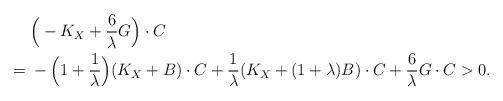
LaTeX: \begin{align*}{}&\Big(-K_X+\frac{6}{\lambda}G\Big)\cdot C\\={}& -\Big(1+\frac{1}{\lambda}\Big)(K_X+B)\cdot C+\frac{1}{\lambda}(K_X+(1+\lambda)B)\cdot C+\frac{6}{\lambda}G\cdot C> 0.\end{align*}